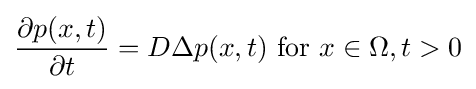
{\frac {\partial p(x,t)}{\partial t}}=D\Delta p(x,t){\hbox{ for }}x\in \Omega ,t>0